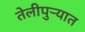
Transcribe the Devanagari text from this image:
तेलीपुर्‍यात